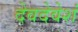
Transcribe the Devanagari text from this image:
देवदेवेशं